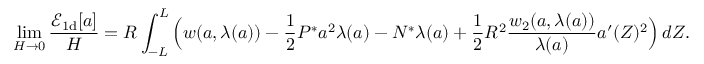
\operatorname* { l i m } _ { H \to 0 } \frac { \mathcal { E } _ { \mathrm { 1 d } } [ { a } ] } { H } = R \int _ { - L } ^ { L } \Big ( w ( { a } , \lambda ( { a } ) ) - \frac { 1 } { 2 } P ^ { * } { a } ^ { 2 } \lambda ( { a } ) - N ^ { * } \lambda ( { a } ) + \frac { 1 } { 2 } R ^ { 2 } \frac { w _ { 2 } ( { a } , \lambda ( { a } ) ) } { \lambda ( { a } ) } { a } ^ { \prime } ( Z ) ^ { 2 } \Big ) \, d Z .